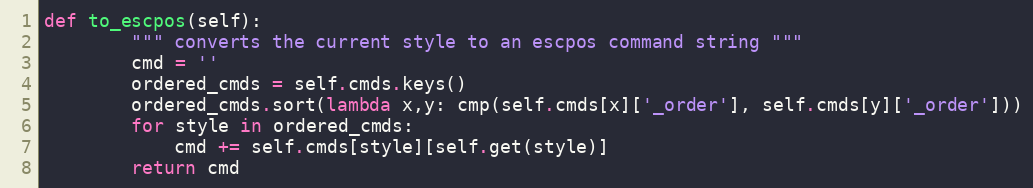
Language: Python
def to_escpos(self):
        """ converts the current style to an escpos command string """
        cmd = ''
        ordered_cmds = self.cmds.keys()
        ordered_cmds.sort(lambda x,y: cmp(self.cmds[x]['_order'], self.cmds[y]['_order']))
        for style in ordered_cmds:
            cmd += self.cmds[style][self.get(style)]
        return cmd